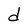
Character: d